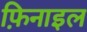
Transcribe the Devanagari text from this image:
फ़िनाइल